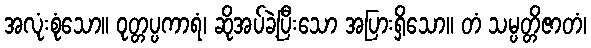
အလုံးစုံသော။ ဝုတ္တပ္ပကာရံ၊ ဆိုအပ်ခဲ့ပြီးသော အပြားရှိသော။ တံ သမ္ပတ္တိဇာတံ၊